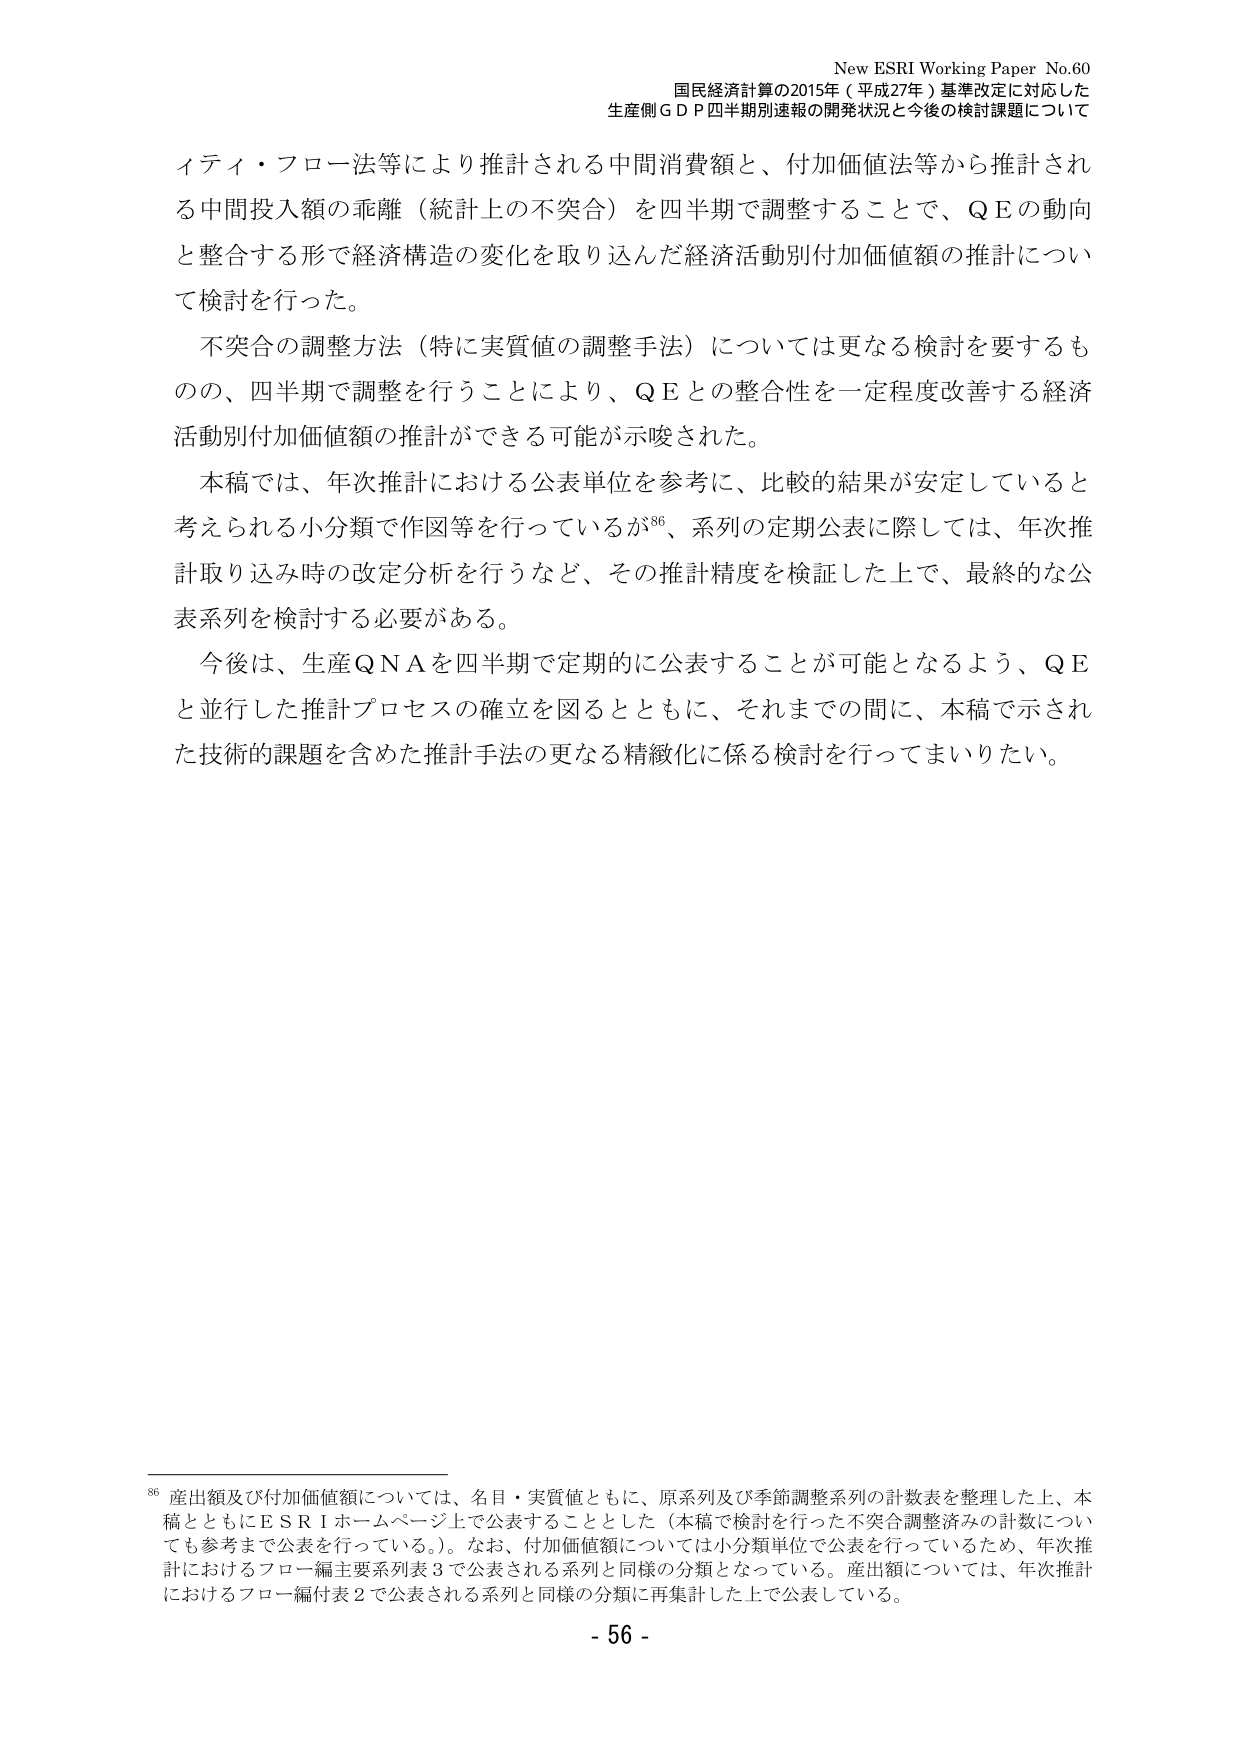
New ESRI Working Paper No.60
国民経済計算の2015年（平成27年）基準改定に対応した
生産側ＧＤＰ四半期別速報の開発状況と今後の検討課題について

イティ・フロー法等により推計される中間消費額と、付加価値法等から推計される中間投入額の乖離（統計上の不突合）を四半期で調整することで、ＱＥの動向と整合する形で経済構造の変化を取り込んだ経済活動別付加価値額の推計について検討を行った。

不突合の調整方法（特に実質値の調整手法）については更なる検討を要するものの、四半期で調整を行うことにより、ＱＥとの整合性を一定程度改善する経済活動別付加価値額の推計ができる可能が示唆された。

本稿では、年次推計における公表単位を参考に、比較的結果が安定していると考えられる小分類で作図等を行っているが⁸⁶、系列の定期公表に際しては、年次推計取り込み時の改定分析を行うなど、その推計精度を検証した上で、最終的な公表系列を検討する必要がある。

今後は、生産ＱＮＡを四半期で定期的に公表することが可能となるよう、ＱＥと並行した推計プロセスの確立を図るとともに、それまでの間には、本稿で示された技術的課題を含めた推計手法の更なる精緻化に係る検討を行ってまいりたい。

⁸⁶ 産出額及び付加価値額については、名目・実質値ともに、原系列及び季節調整系列の計数表を整理した上、本稿とともにＥＳＲＩホームページ上で公表することとした（本稿で検討を行った不突合調整済みの計数についても参考まで公表を行っている。）。なお、付加価値額については小分類単位で公表を行っているため、年次推計におけるフロー編主要系列表３で公表される系列と同様の分類となっている。産出額については、年次推計におけるフロー編付表２で公表される系列と同様の分類に再集計した上で公表している。

- 56 -